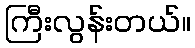
ကြီးလွန်းတယ်။